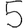
Digit: 5